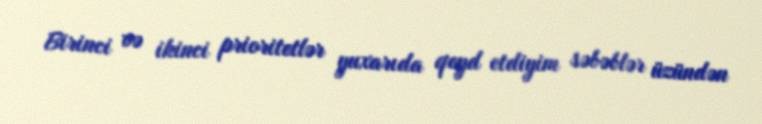
Birinci və ikinci prioritetlər yuxarıda qeyd etdiyim səbəblər üzündən